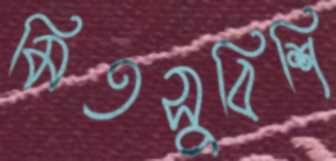
মিতসুবিশি